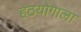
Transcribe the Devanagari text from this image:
हठयोगाला